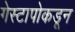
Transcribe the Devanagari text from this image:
गेस्टापोकडून